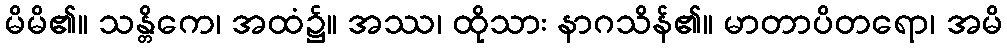
မိမိ၏။ သန္တိကေ၊ အထံ၌။ အဿ၊ ထိုသား နာဂသိန်၏။ မာတာပိတရော၊ အမိ